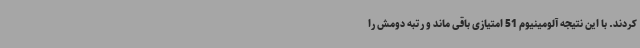
کردند. با این نتیجه آلومینیوم 51 امتیازی باقی ماند و رتبه دومش را